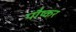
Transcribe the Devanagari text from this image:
पौष्कर